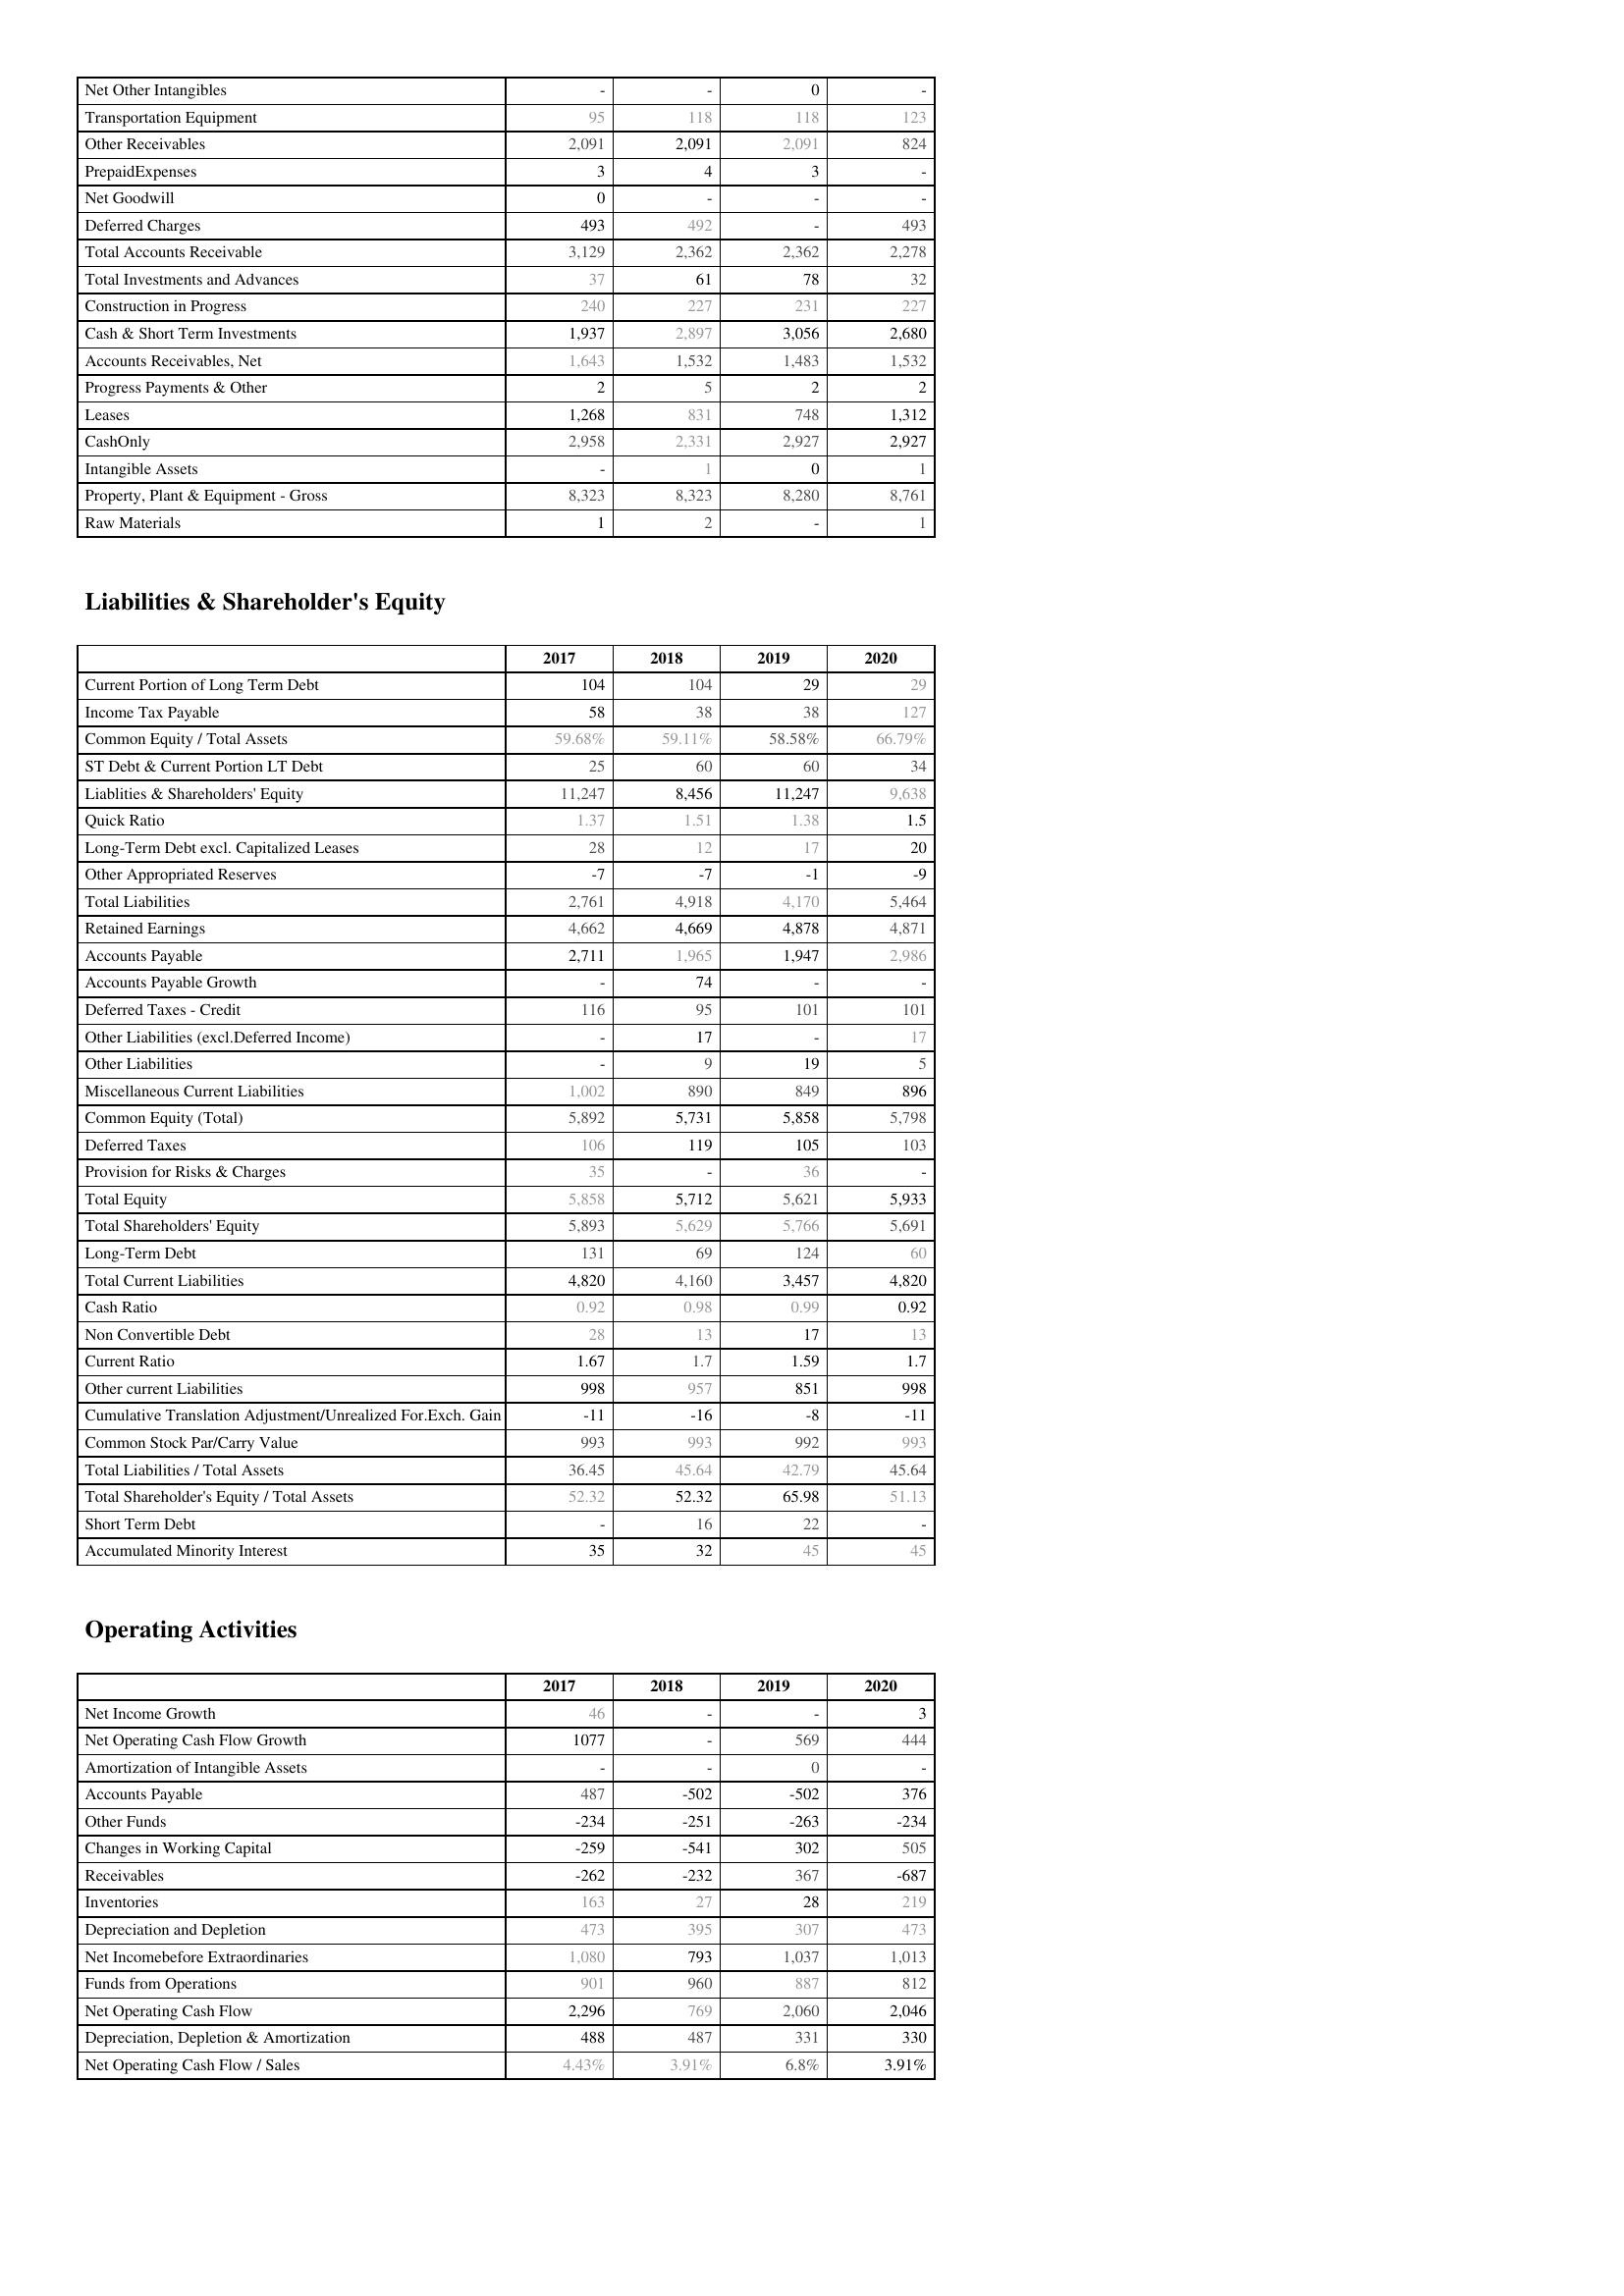
2017: Assets: Net Other Intangibles: -
Transportation Equipment: 95
Other Receivables: 2,091
PrepaidExpenses: 3
Net Goodwill: 0
Deferred Charges: 493
Total Accounts Receivable: 3,129
Total Investments and Advances: 37
Construction in Progress: 240
Cash & Short Term Investments: 1,937
Accounts Receivables, Net: 1,643
Progress Payments & Other: 2
Leases: 1,268
CashOnly: 2,958
Intangible Assets: -
Property, Plant & Equipment - Gross : 8,323
Raw Materials: 1
Liabilities & Shareholder's Equity: Current Portion of Long Term Debt: 104
Income Tax Payable: 58
Common Equity / Total Assets: 59.68%
ST Debt & Current Portion LT Debt: 25
Liablities & Shareholders' Equity: 11,247
Quick Ratio: 1.37
Long-Term Debt excl. Capitalized Leases: 28
Other Appropriated Reserves: -7
Total Liabilities: 2,761
Retained Earnings: 4,662
Accounts Payable: 2,711
Accounts Payable Growth: -
Deferred Taxes - Credit: 116
Other Liabilities (excl.Deferred Income): -
Other Liabilities: -
Miscellaneous Current Liabilities: 1,002
Common Equity (Total): 5,892
Deferred Taxes: 106
Provision for Risks & Charges: 35
Total Equity: 5,858
Total Shareholders' Equity: 5,893
Long-Term Debt: 131
Total Current Liabilities: 4,820
Cash Ratio: 0.92
Non Convertible Debt: 28
Current Ratio: 1.67
Other current Liabilities: 998
Cumulative Translation Adjustment/Unrealized For.Exch. Gain: -11
Common Stock Par/Carry Value: 993
Total Liabilities / Total Assets: 36.45
Total Shareholder's Equity / Total Assets: 52.32
Short Term Debt: -
Accumulated Minority Interest: 35
Operating Activities: Net Income Growth: 46
Net Operating Cash Flow Growth: 1077
Amortization of Intangible Assets: -
Accounts Payable: 487
Other Funds: -234
Changes in Working Capital: -259
Receivables: -262
Inventories: 163
Depreciation and Depletion: 473
Net Incomebefore Extraordinaries: 1,080
Funds from Operations: 901
Net Operating Cash Flow: 2,296
Depreciation, Depletion & Amortization: 488
Net Operating Cash Flow / Sales: 4.43%
2018: Assets: Net Other Intangibles: -
Transportation Equipment: 118
Other Receivables: 2,091
PrepaidExpenses: 4
Net Goodwill: -
Deferred Charges: 492
Total Accounts Receivable: 2,362
Total Investments and Advances: 61
Construction in Progress: 227
Cash & Short Term Investments: 2,897
Accounts Receivables, Net: 1,532
Progress Payments & Other: 5
Leases: 831
CashOnly: 2,331
Intangible Assets: 1
Property, Plant & Equipment - Gross : 8,323
Raw Materials: 2
Liabilities & Shareholder's Equity: Current Portion of Long Term Debt: 104
Income Tax Payable: 38
Common Equity / Total Assets: 59.11%
ST Debt & Current Portion LT Debt: 60
Liablities & Shareholders' Equity: 8,456
Quick Ratio: 1.51
Long-Term Debt excl. Capitalized Leases: 12
Other Appropriated Reserves: -7
Total Liabilities: 4,918
Retained Earnings: 4,669
Accounts Payable: 1,965
Accounts Payable Growth: 74
Deferred Taxes - Credit: 95
Other Liabilities (excl.Deferred Income): 17
Other Liabilities: 9
Miscellaneous Current Liabilities: 890
Common Equity (Total): 5,731
Deferred Taxes: 119
Provision for Risks & Charges: -
Total Equity: 5,712
Total Shareholders' Equity: 5,629
Long-Term Debt: 69
Total Current Liabilities: 4,160
Cash Ratio: 0.98
Non Convertible Debt: 13
Current Ratio: 1.7
Other current Liabilities: 957
Cumulative Translation Adjustment/Unrealized For.Exch. Gain: -16
Common Stock Par/Carry Value: 993
Total Liabilities / Total Assets: 45.64
Total Shareholder's Equity / Total Assets: 52.32
Short Term Debt: 16
Accumulated Minority Interest: 32
Operating Activities: Net Income Growth: -
Net Operating Cash Flow Growth: -
Amortization of Intangible Assets: -
Accounts Payable: -502
Other Funds: -251
Changes in Working Capital: -541
Receivables: -232
Inventories: 27
Depreciation and Depletion: 395
Net Incomebefore Extraordinaries: 793
Funds from Operations: 960
Net Operating Cash Flow: 769
Depreciation, Depletion & Amortization: 487
Net Operating Cash Flow / Sales: 3.91%
2019: Assets: Net Other Intangibles: 0
Transportation Equipment: 118
Other Receivables: 2,091
PrepaidExpenses: 3
Net Goodwill: -
Deferred Charges: -
Total Accounts Receivable: 2,362
Total Investments and Advances: 78
Construction in Progress: 231
Cash & Short Term Investments: 3,056
Accounts Receivables, Net: 1,483
Progress Payments & Other: 2
Leases: 748
CashOnly: 2,927
Intangible Assets: 0
Property, Plant & Equipment - Gross : 8,280
Raw Materials: -
Liabilities & Shareholder's Equity: Current Portion of Long Term Debt: 29
Income Tax Payable: 38
Common Equity / Total Assets: 58.58%
ST Debt & Current Portion LT Debt: 60
Liablities & Shareholders' Equity: 11,247
Quick Ratio: 1.38
Long-Term Debt excl. Capitalized Leases: 17
Other Appropriated Reserves: -1
Total Liabilities: 4,170
Retained Earnings: 4,878
Accounts Payable: 1,947
Accounts Payable Growth: -
Deferred Taxes - Credit: 101
Other Liabilities (excl.Deferred Income): -
Other Liabilities: 19
Miscellaneous Current Liabilities: 849
Common Equity (Total): 5,858
Deferred Taxes: 105
Provision for Risks & Charges: 36
Total Equity: 5,621
Total Shareholders' Equity: 5,766
Long-Term Debt: 124
Total Current Liabilities: 3,457
Cash Ratio: 0.99
Non Convertible Debt: 17
Current Ratio: 1.59
Other current Liabilities: 851
Cumulative Translation Adjustment/Unrealized For.Exch. Gain: -8
Common Stock Par/Carry Value: 992
Total Liabilities / Total Assets: 42.79
Total Shareholder's Equity / Total Assets: 65.98
Short Term Debt: 22
Accumulated Minority Interest: 45
Operating Activities: Net Income Growth: -
Net Operating Cash Flow Growth: 569
Amortization of Intangible Assets: 0
Accounts Payable: -502
Other Funds: -263
Changes in Working Capital: 302
Receivables: 367
Inventories: 28
Depreciation and Depletion: 307
Net Incomebefore Extraordinaries: 1,037
Funds from Operations: 887
Net Operating Cash Flow: 2,060
Depreciation, Depletion & Amortization: 331
Net Operating Cash Flow / Sales: 6.8%
2020: Assets: Net Other Intangibles: -
Transportation Equipment: 123
Other Receivables: 824
PrepaidExpenses: -
Net Goodwill: -
Deferred Charges: 493
Total Accounts Receivable: 2,278
Total Investments and Advances: 32
Construction in Progress: 227
Cash & Short Term Investments: 2,680
Accounts Receivables, Net: 1,532
Progress Payments & Other: 2
Leases: 1,312
CashOnly: 2,927
Intangible Assets: 1
Property, Plant & Equipment - Gross : 8,761
Raw Materials: 1
Liabilities & Shareholder's Equity: Current Portion of Long Term Debt: 29
Income Tax Payable: 127
Common Equity / Total Assets: 66.79%
ST Debt & Current Portion LT Debt: 34
Liablities & Shareholders' Equity: 9,638
Quick Ratio: 1.5
Long-Term Debt excl. Capitalized Leases: 20
Other Appropriated Reserves: -9
Total Liabilities: 5,464
Retained Earnings: 4,871
Accounts Payable: 2,986
Accounts Payable Growth: -
Deferred Taxes - Credit: 101
Other Liabilities (excl.Deferred Income): 17
Other Liabilities: 5
Miscellaneous Current Liabilities: 896
Common Equity (Total): 5,798
Deferred Taxes: 103
Provision for Risks & Charges: -
Total Equity: 5,933
Total Shareholders' Equity: 5,691
Long-Term Debt: 60
Total Current Liabilities: 4,820
Cash Ratio: 0.92
Non Convertible Debt: 13
Current Ratio: 1.7
Other current Liabilities: 998
Cumulative Translation Adjustment/Unrealized For.Exch. Gain: -11
Common Stock Par/Carry Value: 993
Total Liabilities / Total Assets: 45.64
Total Shareholder's Equity / Total Assets: 51.13
Short Term Debt: -
Accumulated Minority Interest: 45
Operating Activities: Net Income Growth: 3
Net Operating Cash Flow Growth: 444
Amortization of Intangible Assets: -
Accounts Payable: 376
Other Funds: -234
Changes in Working Capital: 505
Receivables: -687
Inventories: 219
Depreciation and Depletion: 473
Net Incomebefore Extraordinaries: 1,013
Funds from Operations: 812
Net Operating Cash Flow: 2,046
Depreciation, Depletion & Amortization: 330
Net Operating Cash Flow / Sales: 3.91%